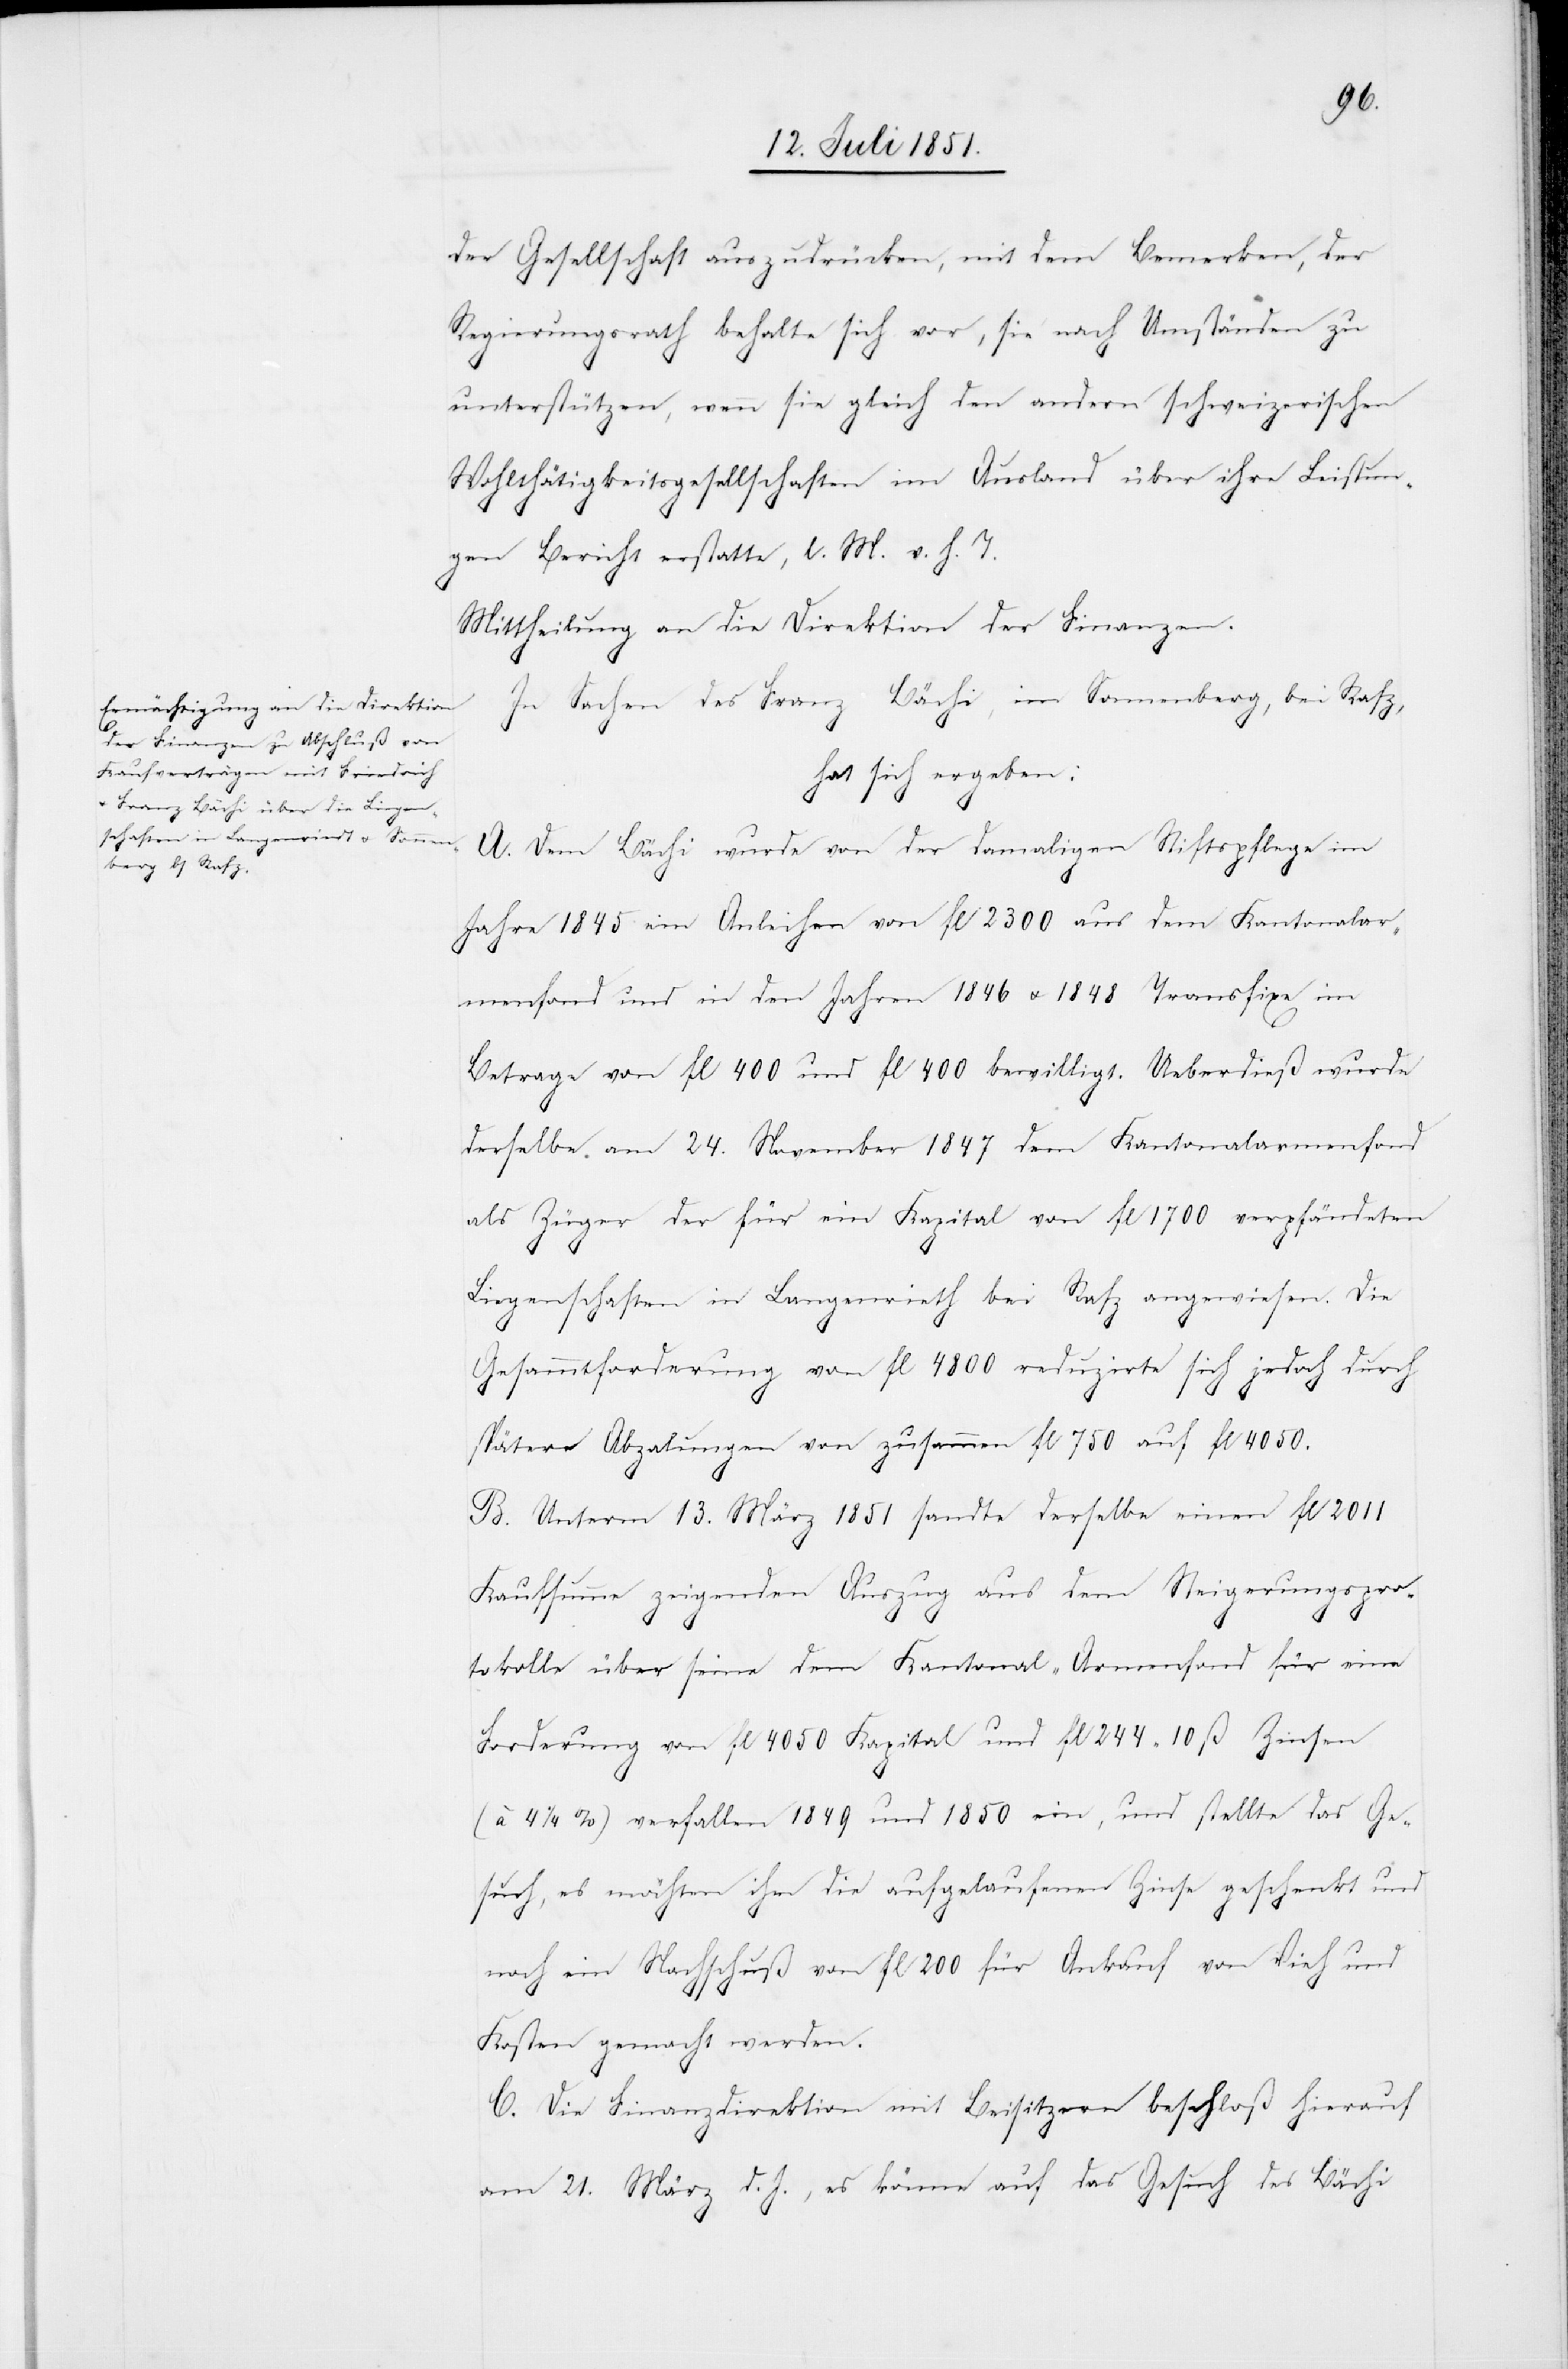
der Gesellschaft auszudrücken, mit dem Bemerken, der
Regierungsrath behalte sich vor, sie nach Umständen zu
unterstützen, wenn sie gleich den andern schweizerischen
Wohlthätigkeitsgesellschaften im Ausland über ihre Leistun¬
gen Bericht erstatte, l. M. v. h. T.
Mittheilung an die Direktion der Finanzen.
In Sachen des Franz Bächi, im Sonnenberg, bei Rafz,
hat sich ergeben:
A. Dem Bächi wurde von der damaligen Stiftspflege im
Jahre 1845 ein Anleihen von fl 2300 aus dem Kantonalar¬
menfond und in den Jahren 1846 & 1848 Transfixe im
Betrage von fl 400 und fl 400 bewilligt. Ueberdieß wurde
derselbe am 24. November 1847 dem Kantonalarmenfond
als Züger der für ein Kapital von fl 1700 verpfändeten
Liegenschaften in Langenrieth bei Rafz angewiesen. Die
Gesammtforderung von fl 4800 reduzirte sich jedoch durch
spätere Abza[h]lungen von zusammen fl 750 auf fl 4050.
B. Unterm 13. März 1851 sandte derselbe einen fl 2011
Kaufsumme zeigenden Auszug aus dem Steigerungspro¬
tokolle über seine dem Kantonal-Armenfond für eine
Forderung von fl 4050 Kapital und fl 244 10 ß Zinsen
4 1/4 %) verfallen 1849 und 1850 ein, und stellte das Ge¬
such, es möchten ihm die aufgelaufenen Zinse geschenkt und
noch ein Nachschuß von fl 200 für Ankauf von Vieh und
Kosten gemacht werden.
C. Die Finanzdirektion mit Beisitzern beschloß hierauf
am 21. März d. J., es könne auf das Gesuch des Bächi